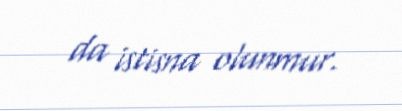
da istisna olunmur.